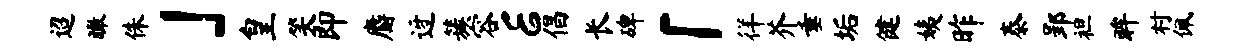
迢瞰侏」皇笑即麝迓簇容E倡长碑「徉芥垂垢健姨昨泰郢袒眸村佩